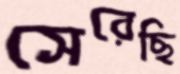
সেরেছি